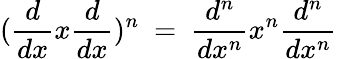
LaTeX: ({\frac{d}{dx}}x{\frac{d}{dx}})^{n}\ =\ {\frac{d^{n}}{dx^{n}}}x^{n}{\frac{d^{n}}{dx^{n}}}